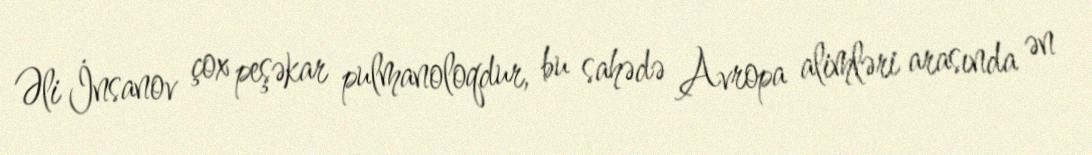
Əli İnsanov çox peşəkar pulmanoloqdur, bu sahədə Avropa alimləri arasında ən